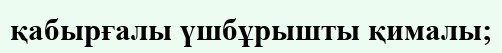
қабырғалы үшбұрышты қималы;